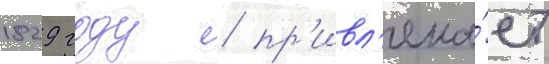
1829 году / пр'ивл'ека́ет